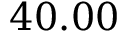
4 0 . 0 0